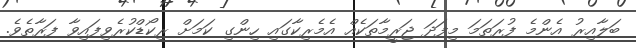
ބަލާއިރު އެންމެ ފުރަތަމަ މިފަދަ ޖަރީމާތަކެއް އެމެރިކާގައި ހިންގި ކަމަށް ރިކޯޑްކުރެވިފައިވާ ފަރާތެވެ.